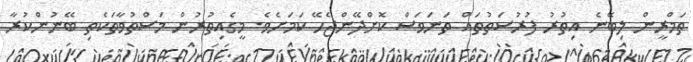
ތަމްރީން ލިބޭނެ އިތުރު ފުރުސަތުތައް ތަނަވަސް ކޮށްދޭންޖެހޭ ކަމަށެވެ. މީގެއިތުރުން މަސްތުވާތަކެތި ބޭނުންކުރާ